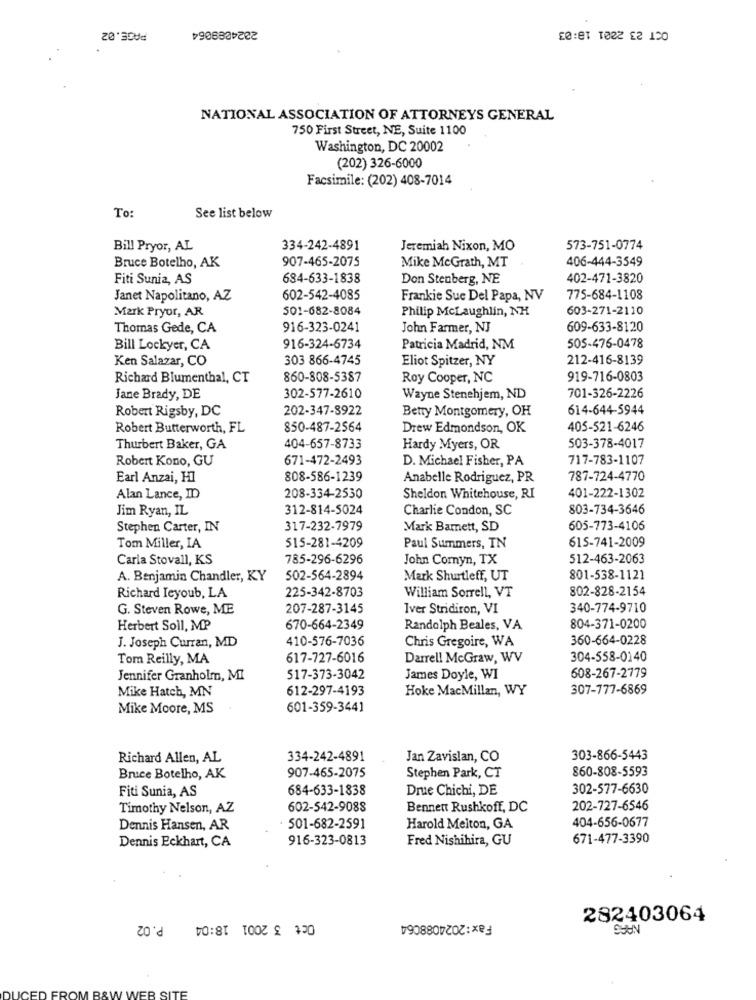
2024089064
PAGE.02
£0:e1 1022 E2 10
NATIONAL ASSOCIATION OF ATTORNEYS GENERAL
750 First Street, NE, Suite 1100
Washington, DC 20002
(202) 326-6000
Facsimile: (202) 408-7014
To:
See list below
Bill Pryor, AL
334-242-4891
Jeremiah Nixon, MO
573-751-0774
907-465-2075
406-444-3549
Bruce Botelho, AK
Mike McGrath, MT
Fiti Sunia, AS
684-633-1838
Don Stenberg, NE
402-471-3820
Janet Napolitano, AZ
602-542-4085
Frankie Sue Del Papa, NV
775-684-1108
Mark Pryor, AR
501-682-8084
Philip McLaughlin, NH
603-271-2110
Thomas Gede, CA
916-323-0241
John Farmer, NJ
609-633-8120
Bill Lockyer, CA
916-324-6734
Patricia Madrid, NM
505-476-0478
Ken Salazar, CO
303 866-4745
Eliot Spitzer, NY
212-416-8139
Richard Blumenthal, CT
860-808-5387
Roy Cooper, NC
919-716-0803
Jane Brady, DE
302-577-2610
Wayne Stenehjem, ND
701-326-2226
Robert Rigsby, DC
202-347-8922
Betty Montgomery, OH
614-644-5944
Robert Butterworth, FL
850-487-2564
Drew Edmondson, OK
405-521-6246
Thurbert Baker, GA
404-657-8733
Hardy Myers, OR
503-378-4017
Robert Kono, GU
671-472-2493
D. Michael Fisher, PA
717-783-1107
Earl Anzai, HI
808-586-1239
Anabelle Rodriguez, PR
787-724-4770
Alan Lance, ID
208-334-2530
Sheldon Whitehouse, RI
401-222-1302
Jim Ryan, IL
312-814-5024
Charlie Condon, SC
803-734-3646
Stephen Carter, IN
317-232-7979
Mark Bamett, SD
605-773-4106
615-741-2009
Tom Miller, IA
515-281-4209
Paul Summers, IN
Carla Stovall, KS
785-296-6296
John Cornyn, TX
512-463-2063
A. Benjamin Chandler, KY
502-564-2894
Mark Shurtleff, UT
801-538-1121
225-342-8703
802-828-2154
Richard Ieyoub, LA
William Sorrell, VT
G. Steven Rowe, ME
207-287-3145
Iver Stridiron, VI
340-774-9710
Herbert Soll, MP
670-664-2349
Randolph Beales, VA
804-371-0200
410-576-7036
Chris Gregoire, WA
360-664-0228
J. Joseph Curran, MD
Tom Reilly, MA
617-727-6016
Darrell McGraw, WV
304-558-0140
608-267-2779
Jennifer Granholm, MI
517-373-3042
James Doyle, WI
Mike Hatch, MN
612-297-4193
Hoke MacMillan, WY
307-777-6869
Mike Moore, MS
601-359-3441
Richard Allen, AL
334-242-4891
Jan Zavislan, CO
303-866-5443
907-465-2075
860-808-5593
Bruce Botelho, AK
Stephen Park, CT
Fiti Sunia, AS
684-633-1838
Drue Chichi, DE
302-577-6630
Timothy Nelson, AZ
602-542-9088
Bennett Rushkoff, DC
202-727-6546
404-656-0677
Dennis Hansen, AR
501-682-2591
Harold Melton, GA
Dennis Eckhart, CA
916-323-0813
Fred Nishihira, GU
671-477-3390
P.02
Oct 3 2001 18:04
Fax:2024088064
282403064
SUUN
VEB SIT